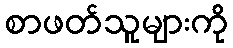
စာဖတ်သူများကို